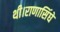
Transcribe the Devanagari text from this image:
थी।राणासिंघे